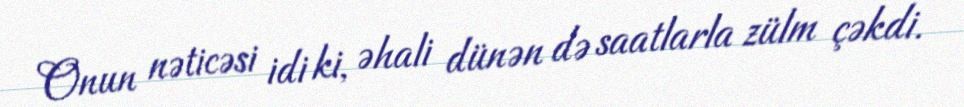
Onun nəticəsi idi ki, əhali dünən də saatlarla zülm çəkdi.